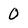
Character: 0